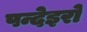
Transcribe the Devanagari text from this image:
पन्देइरो